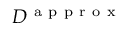
D ^ { \mathrm { ~ a ~ p ~ p ~ r ~ o ~ x ~ } }